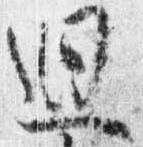
廻